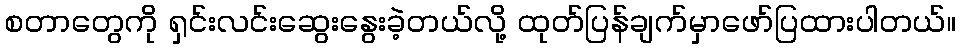
စတာတွေကို ရှင်းလင်းဆွေးနွေးခဲ့တယ်လို့ ထုတ်ပြန်ချက်မှာဖော်ပြထားပါတယ်။